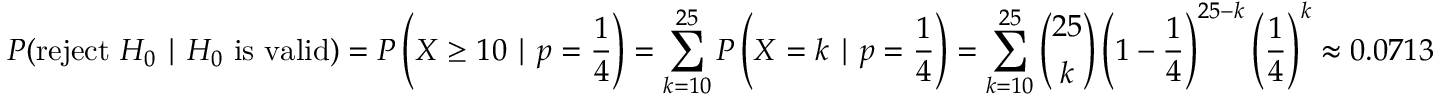
P ( { \mathrm { r e j e c t ~ } } H _ { 0 } \mid H _ { 0 } { \mathrm { ~ i s ~ v a l i d } } ) = P \left( X \geq 1 0 \mid p = { \frac { 1 } { 4 } } \right) = \sum _ { k = 1 0 } ^ { 2 5 } P \left( X = k \mid p = { \frac { 1 } { 4 } } \right) = \sum _ { k = 1 0 } ^ { 2 5 } { \binom { 2 5 } { k } } \left( 1 - { \frac { 1 } { 4 } } \right) ^ { 2 5 - k } \left( { \frac { 1 } { 4 } } \right) ^ { k } \approx 0 . 0 7 1 3